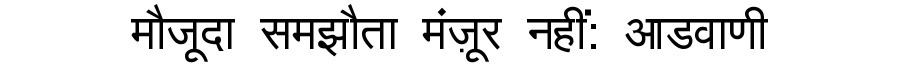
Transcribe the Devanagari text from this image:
मौजूदा समझौता मंज़ूर नहीं: आडवाणी